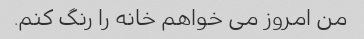
من امروز می خواهم خانه را رنگ کنم.